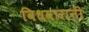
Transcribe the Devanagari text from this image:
विधवारानी